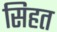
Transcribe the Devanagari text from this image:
सिहत